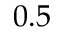
0 . 5